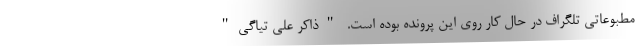
مطبوعاتی تلگراف در حال کار روی این پرونده بوده است. "ذاکر علی تیاگی"